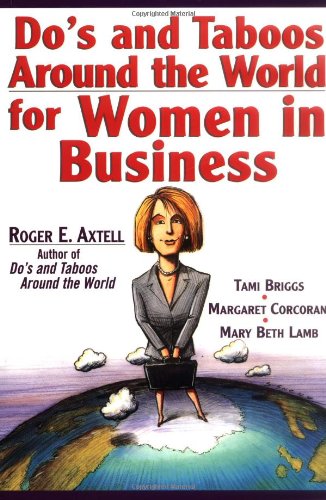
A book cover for Do's and Taboos Around the World for Women in Business; Roger E. Axtell; Travel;